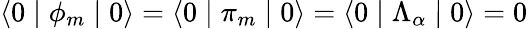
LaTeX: \langle 0\mid\phi_{m}\mid 0\rangle=\langle 0\mid\pi_{m}\mid 0\rangle=\langle 0\mid\Lambda_{\alpha}\mid 0\rangle=0